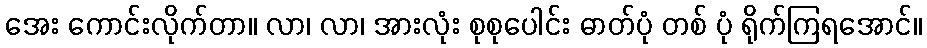
အေး ကောင်းလိုက်တာ။ လာ၊ လာ၊ အားလုံး စုစုပေါင်း ဓာတ်ပုံ တစ် ပုံ ရိုက်ကြရအောင်။